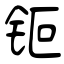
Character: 钷